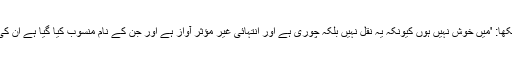
انھوں نے لکھا: 'میں خوش نہیں ہوں کیونکہ یہ نقل نہیں بلکہ چوری ہے اور انتہائی غیر مؤثر آواز ہے اور جن کے نام منسوب کیا گیا ہے ان کی تذلیل ہے۔